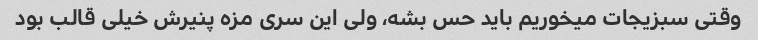
وقتی سبزیجات میخوریم باید حس بشه، ولی این سری مزه پنیرش خیلی قالب بود